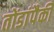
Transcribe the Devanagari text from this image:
तोंडांपैकी